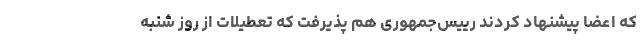
که اعضا پیشنهاد کردند رییس‌جمهوری هم پذیرفت که تعطیلات از روز شنبه